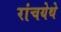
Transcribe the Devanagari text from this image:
रांचयेथे